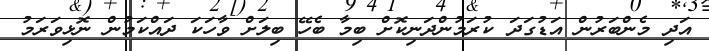
އަދި މެންބަރުން އަޑުގަދަ ކުރަމުންދަނިކޮށް ބިމާ ބެހޭ ބިލަށް ވާހަކަ ދައްކަމުން ނޮޅިވަރަމު